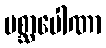
ပစ္ဆာပေါဏာ